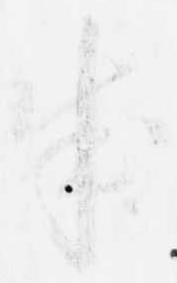
成